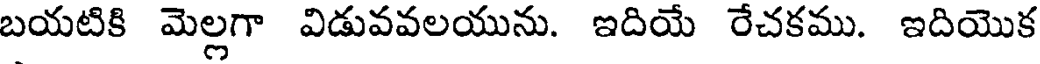
బయటికి మెల్లగా విడువవలయును. ఇదియే రేచకము. ఇదియొక